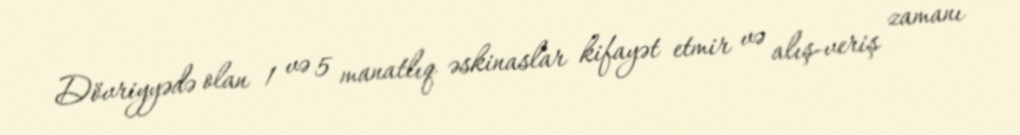
Dövriyyədə olan 1 və 5 manatlıq əskinaslar kifayət etmir və alış-veriş zamanı